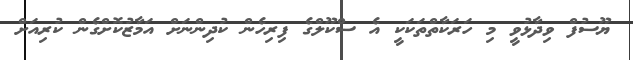
ޔޫސުފް ވިދާޅުވީ މި ހަރަކާތްތަކަކީ އެ ސްކޫލްގެ ފިރިހެން ކުދިންނަށް އަމާޒުކޮށްގެން ކުރިއަށް